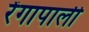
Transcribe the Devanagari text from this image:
रेंगापाली